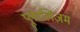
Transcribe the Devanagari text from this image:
प्लूरलिज़म